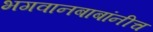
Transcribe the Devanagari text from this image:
भगवानबाबांनीच